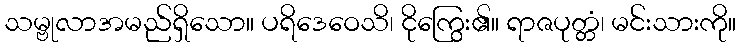
သမ္ဗုလာအမည်ရှိသော။ ပရိဒေဝေသိ၊ ငိုကြွေး၏။ ရာဇပုတ္တံ၊ မင်းသားကို။